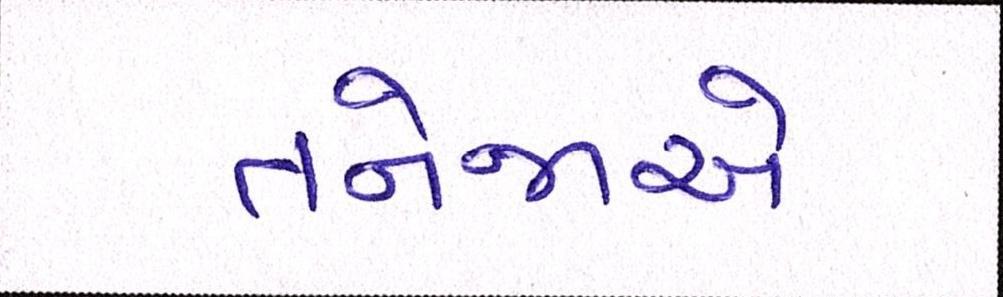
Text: તનેજાએ